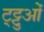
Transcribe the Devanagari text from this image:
ट्ट्टुओं